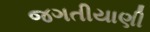
જગતીયાણી